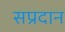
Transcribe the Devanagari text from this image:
सप्रदान